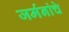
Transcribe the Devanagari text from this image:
जर्मनांचे